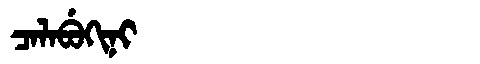
Manchu: ᠴᠠᠯᠠᠪᡠᡴᡳᠨᡳ
Romanization: CALABUKINI